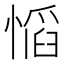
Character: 𫺼